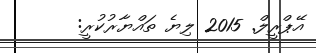
އޭޕްރީލް